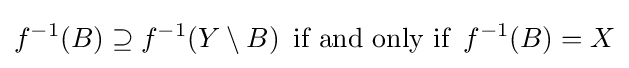
f^{-1}(B)\supseteq f^{-1}(Y\setminus B)\,{\text{ if and only if }}\,f^{-1}(B)=X